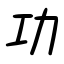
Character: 功